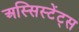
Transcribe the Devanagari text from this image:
अस्सिस्टेंट्स